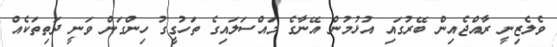
ވެލެޒިނީ ރާއްޖެއިން ބޭރުގައި އުޅުމުން އޭނާގެ މައްސަލައިގެ ތަހުގީގު ހިންގަން ވަނީ ދަތިތަކެއް